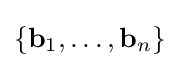
\{\mathbf {b} _{1},\ldots ,\mathbf {b} _{n}\}